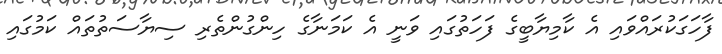
ފާހަގަކުރައްވައި އެ ކާމިޔާބީގެ ފަހަތުގައި ވަނީ އެ ކަމަނާގެ ހިންގުންތެރި ސިޔާސަތުތައް ކަމުގައި